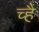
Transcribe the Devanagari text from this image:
च्है